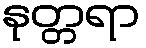
နုတ္တရာ